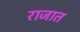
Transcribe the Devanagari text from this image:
राजात